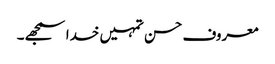
معروف حسن تمہیں خدا سمجھے۔